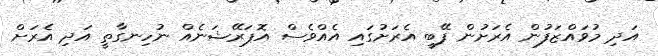
އަދި މުވައްޒަފުން އެރަށުން ފޭބީ އެރަށުގައި އެއްވެސް އޮޕަރޭޝަނެއް ނުހިނގާތީ އަދި އެރަށް